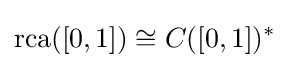
\mathrm {rca} ([0,1])\cong C([0,1])^{*}